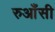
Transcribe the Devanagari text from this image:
रुआँसी